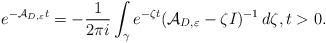
\begin{align*}e^{-\mathcal{A}_{D,\varepsilon}t}=-\frac{1}{2\pi i}\int _\gamma e^{-\zeta t}(\mathcal{A}_{D,\varepsilon}-\zeta I)^{-1}\,d\zeta ,t>0.\end{align*}